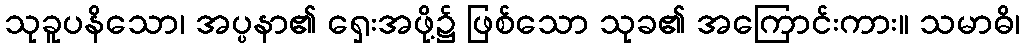
သုခူပနိသော၊ အပ္ပနာ၏ ရှေးအဖို့၌ ဖြစ်သော သုခ၏ အကြောင်းကား။ သမာဓိ၊